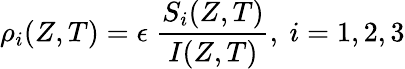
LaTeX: \rho_{i}(Z,T)=\epsilon\; \frac{S_{i}(Z,T)}{I(Z,T)},\ i=1,2,3